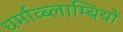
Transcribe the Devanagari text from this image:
धर्माव्ब्लाम्बियों